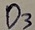
Text: D3